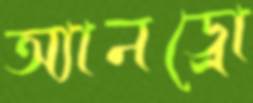
অ্যানড্রো